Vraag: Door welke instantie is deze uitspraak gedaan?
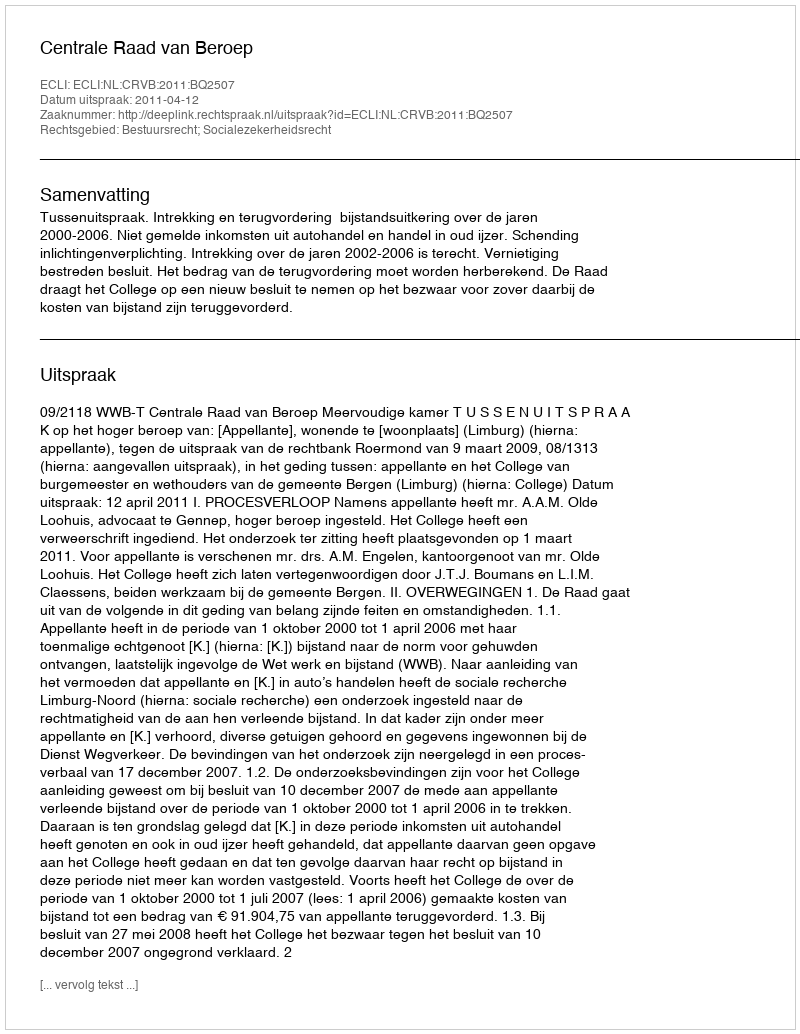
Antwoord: Centrale Raad van Beroep